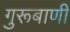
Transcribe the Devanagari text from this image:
गुरूबाणी